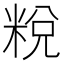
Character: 𥹲